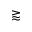
\gtrapprox